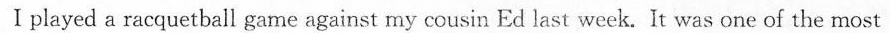
I played a racquetball game against my cousin Ed last week. It was one of the most